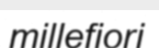
millefiori